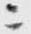
ニ